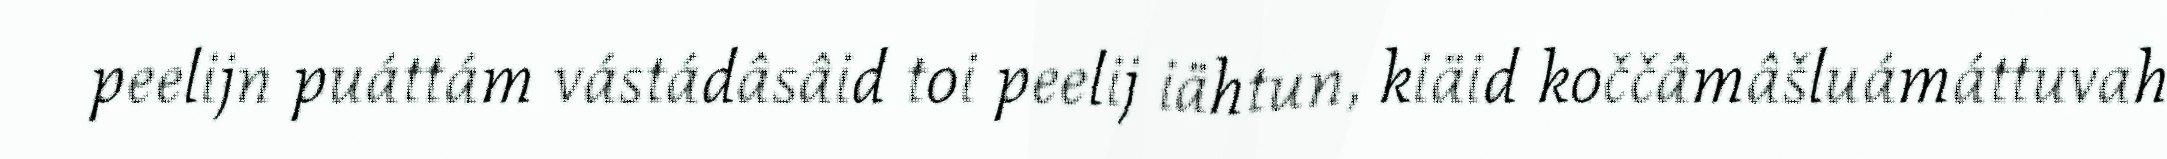
peelijn puáttám vástádâsâid toi peelij iähtun, kiäid koččâmâšluámáttuvah